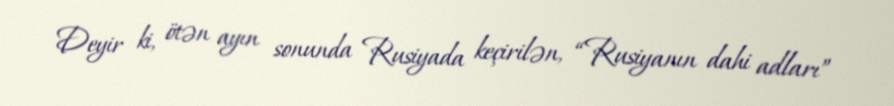
Deyir ki, ötən ayın sonunda Rusiyada keçirilən, “Rusiyanın dahi adları”